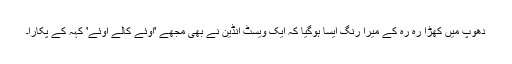
دھوپ میں کھڑا رہ رہ کے میرا رنگ ایسا ہوگیا کہ ایک ویسٹ انڈین نے بھی مجھے 'اوئے کالے اوئے' کہہ کے پکارا۔